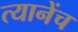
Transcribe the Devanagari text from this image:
त्यानेंच